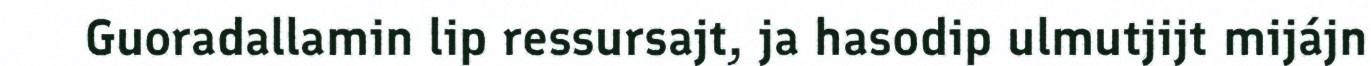
Guoradallamin lip ressursajt, ja hasodip ulmutjijt mijájn